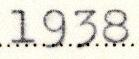
1938